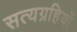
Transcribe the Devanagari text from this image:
सत्यग्रहियों